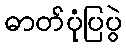
ဓာတ်ပုံပြပွဲ